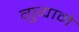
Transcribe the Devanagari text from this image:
गुयाने